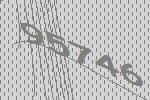
95746